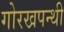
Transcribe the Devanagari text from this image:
गोरखपन्थी